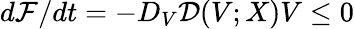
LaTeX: d{\mathcal{F}}/dt=-D_{V}\mathcal{D}(V;X)V\le 0